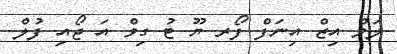
ލަވް އިޒް އިނަފް ފޯރ ޔޫ ޓު ގިވް އަ ޖޯއި ފުލް